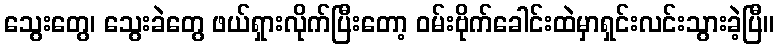
သွေးတွေ၊ သွေးခဲတွေ ဖယ်ရှားလိုက်ပြီးတော့ ဝမ်းဗိုက်ခေါင်းထဲမှာရှင်းလင်းသွားခဲ့ပြီ။